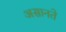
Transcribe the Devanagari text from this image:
असानते